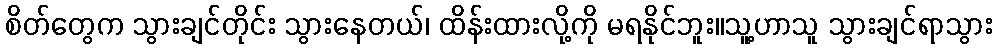
စိတ်တွေက သွားချင်တိုင်း သွားနေတယ်၊ ထိန်းထားလို့ကို မရနိုင်ဘူး။သူ့ဟာသူ သွားချင်ရာသွား